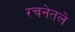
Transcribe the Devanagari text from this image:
रचनेतले